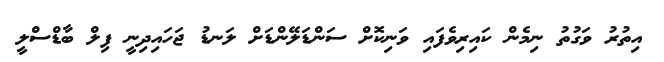
އިތުރު ވަގުތު ނިމެން ކައިރިވެފައި ވަނިކޮށް ސަންޑަލޭންޑަށް ލަނޑު ޖަހައިދިނީ ފިލް ބާޑްސްލީ